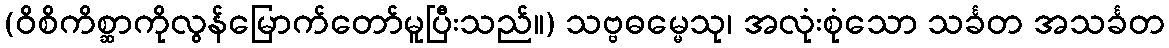
(ဝိစိကိစ္ဆာကိုလွန်မြောက်တော်မူပြီးသည်။) သဗ္ဗဓမ္မေသု၊ အလုံးစုံသော သင်္ခတ အသင်္ခတ